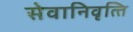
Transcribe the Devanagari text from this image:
सेवानिवृत्‍ति